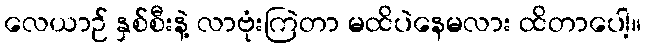
လေယာဉ် နှစ်စီးနဲ့ လာဗုံးကြဲတာ မထိပဲနေမလား ထိတာပေါ့။